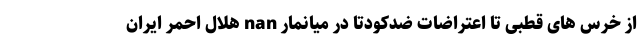
از خرس های قطبی تا اعتراضات ضدکودتا در میانمار nan هلال احمر ایران